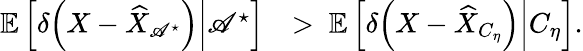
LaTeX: \begin{array}{rl}{{\mathbb{E}}\left[\left.\delta{\left(X-{\widehat{X}}_{{{\mathscr{A}}^{\star}}}\right)}\right|{{\mathscr{A}}^{\star}}\right]}&{>\ {\mathbb{E}}\left[\left.\delta{\left(X-{\widehat{X}}_{C_{\eta}}\right)}\right|C_{\eta}\right].}\end{array}